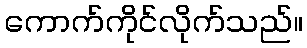
ကောက်ကိုင်လိုက်သည်။